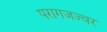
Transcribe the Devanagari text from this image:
परागजज्वर